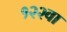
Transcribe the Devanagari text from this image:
१२२वा